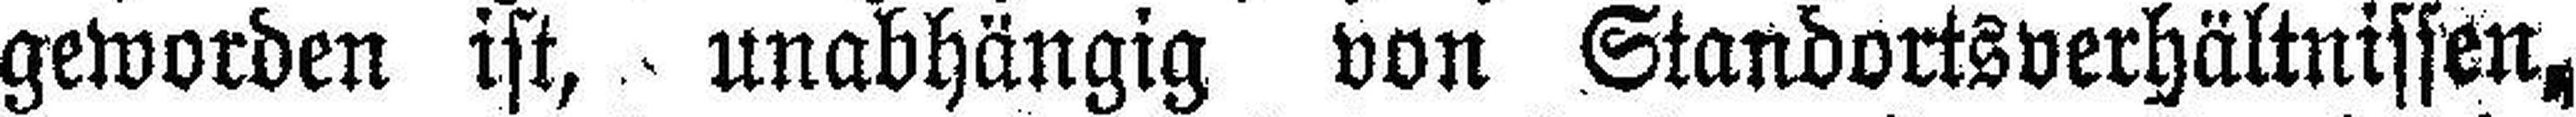
geworden ist, unabhängig von Standortsverhältnissen,